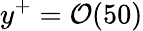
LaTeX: y^{+}=\mathcal{O}(50)